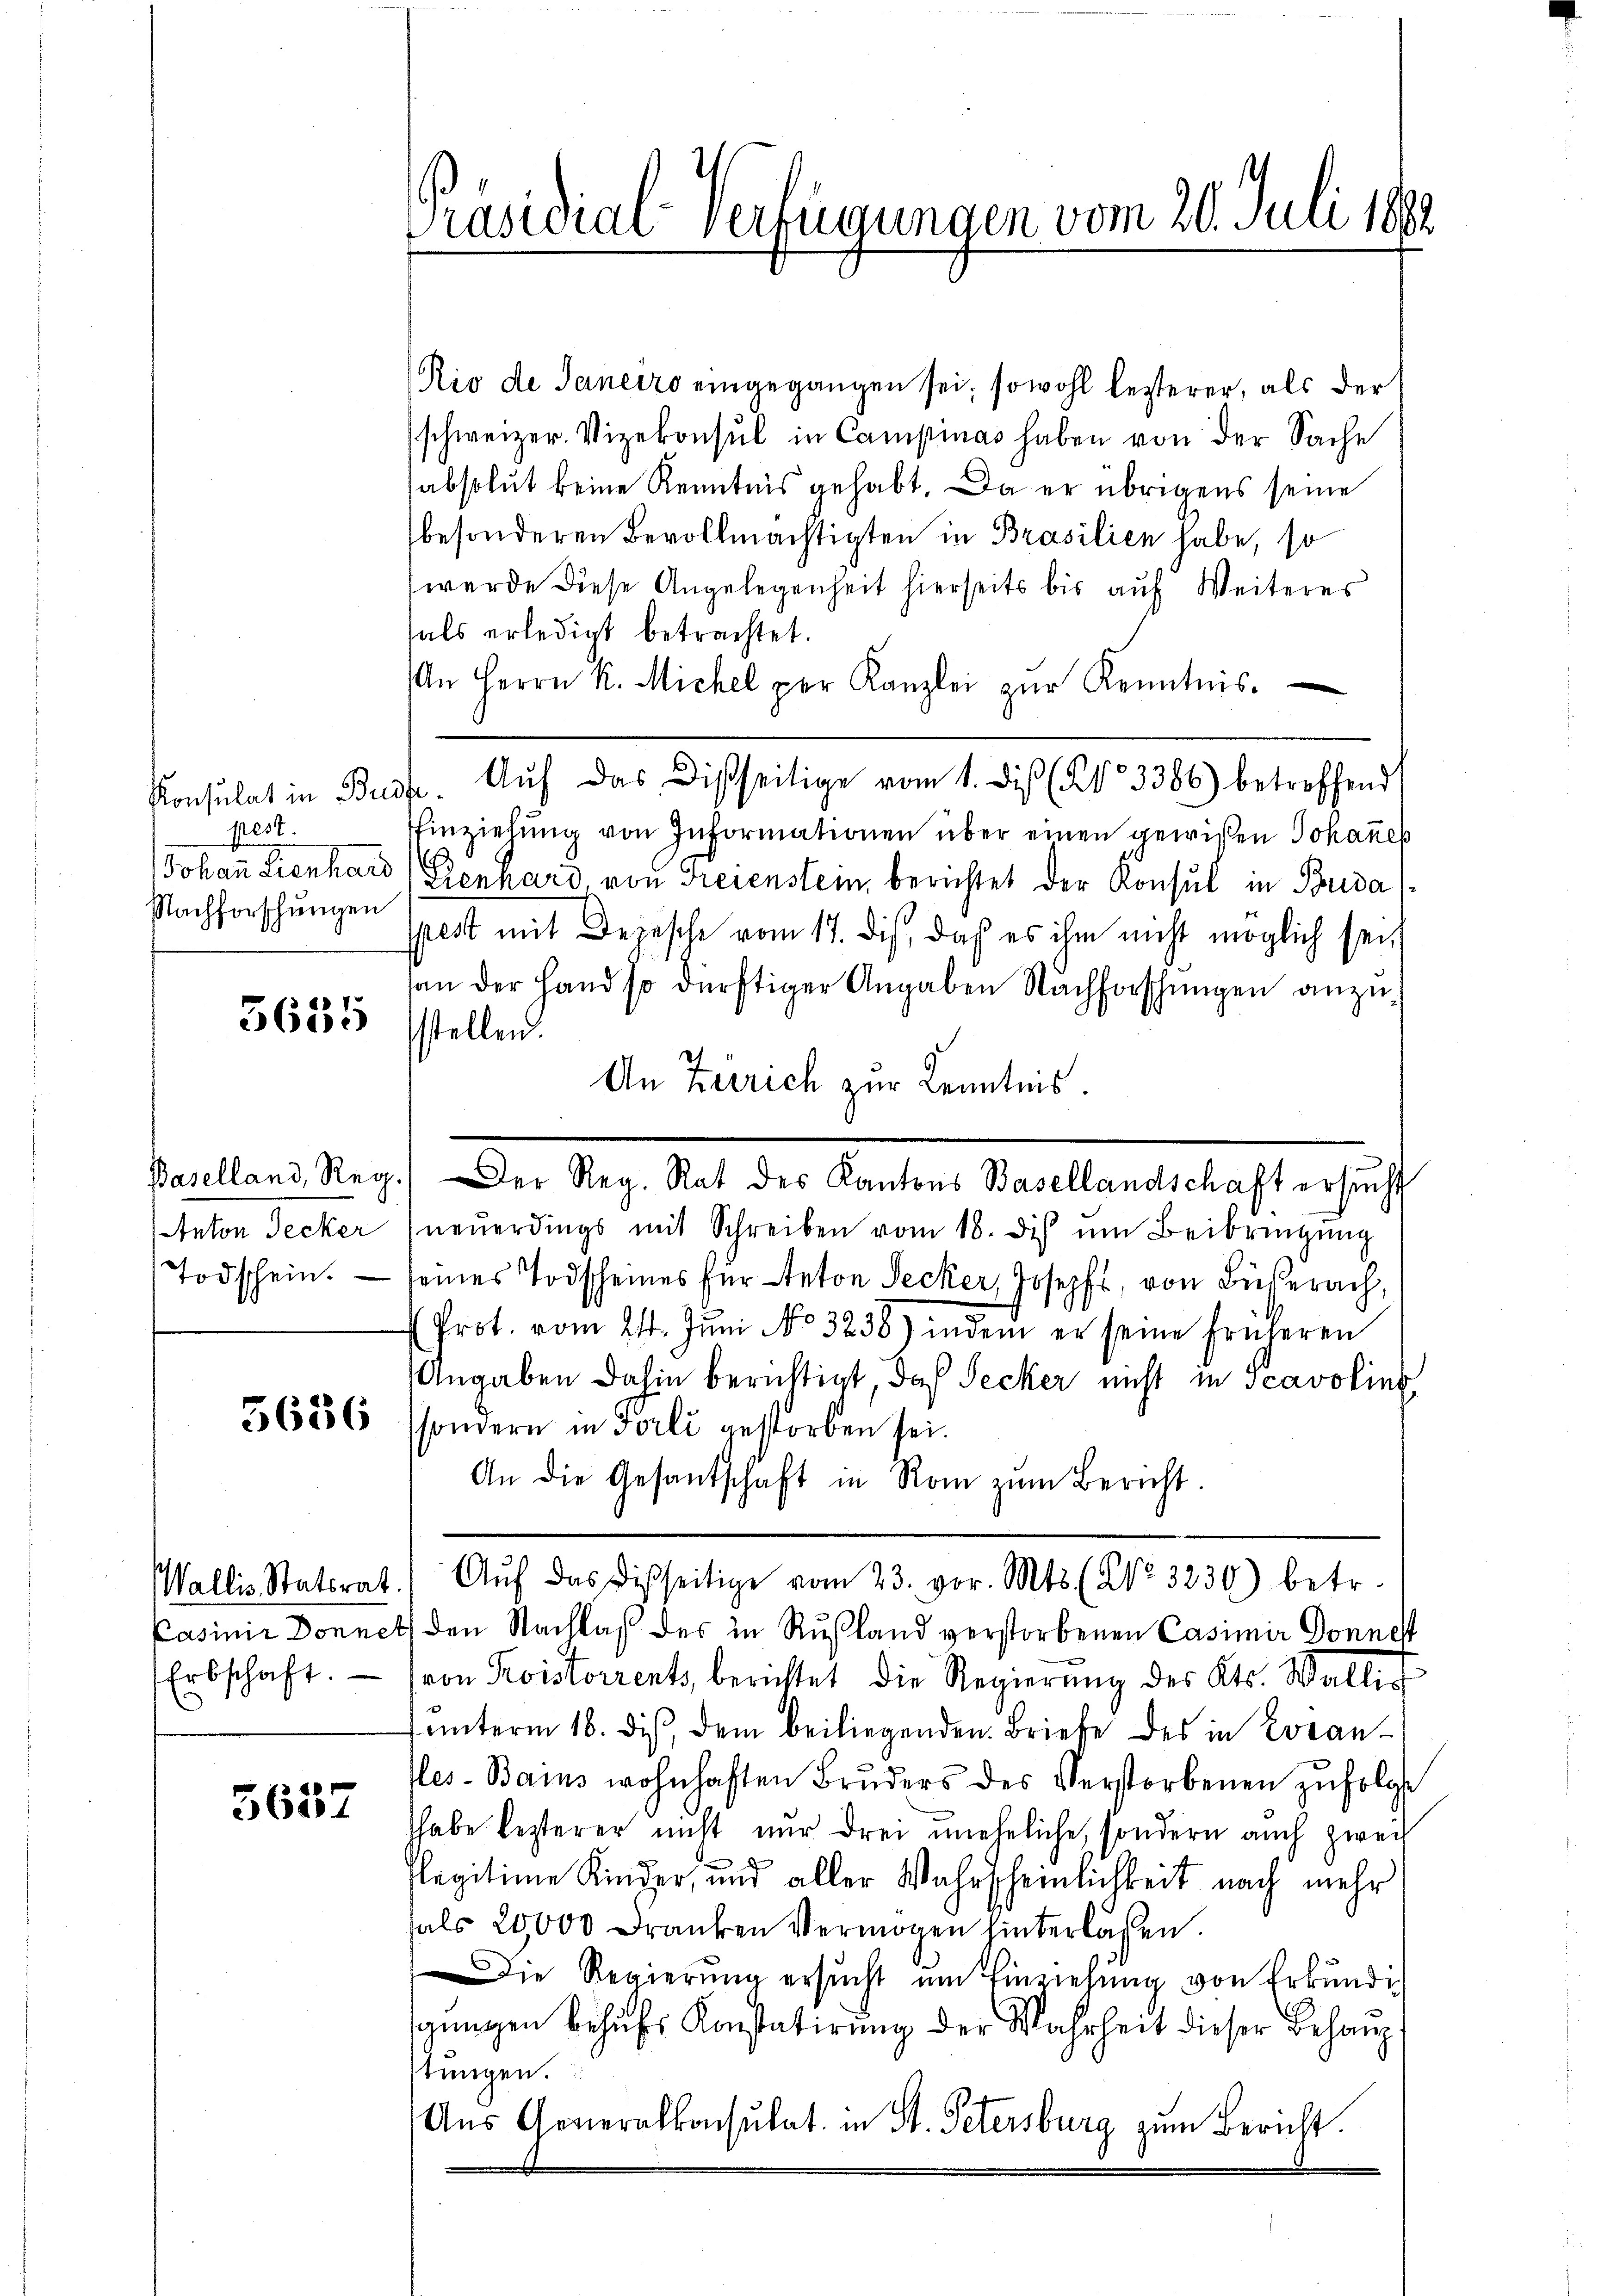
pest.
Nachforschungen

5635

Todschein.

Erbschaft.

5657

Rio de Ferneiro eingegangen sei, sowohl lezterer, als der
(schweizer. Vizekonsul in Campinas haben von der Sache
sabsolut keine Kenntnis gehabt. Da er übrigens seine
besonderen Bevollmächtigten in Brasilien habe, so
werde diese Angelegenheit hierseits bis auf Weiteres
hals erledigt betrachtet.
An Herrn K. Michel per Kanzlei zŭr Kenntnis.
Konsulat in Buch. Aŭf das Disseitige vom 1. dies (§ 3386) betreffend
Einziehŭng von Informationen über einen gewißen Johaṅes
Johann Lienhard Grenhard, von Freienstein berichtet der Konsul in Brida
pest mit Depesche vom 17. dis, daß es ihm nicht möglich sei,
an der Hand so dürftiger Angaben Nachforschungen anzusstellen.
An Zerrich zur Kenntnis.
Baselland, Reg. Der Reg. Rat des Kantons Basellandschaft ersucht
taton Secker (neŭerdings mit Schreiben vom 18. dis ŭm Beibringŭng
seines Todscheines für teton Secker, Joseph, von Buserach,
(Prot. vom 21. Jŭni No 3238) in dem er seine früheren
Angaben dahin berichtigt, daß Secker nicht in Scavolins
3636 ssondern in Forli gestorben sei.
An die Gesantschaft in Rom zŭm Bericht.
Wallis Statsrat. Aŭf das Disseitige vom 23. vor. Mts. (NNo. 3230) betr.
Casimir Donnet den Nachlaß des in Rußland verstorbenen Casimir Donnest
von Koistorrents, berichtet die Regierŭng des Kts. Wallis
ŭnterm 16. dis, dem beiliegenden Briefe des in Coran-
fles-Bains wohnhaften Brŭders des Verstorbenen zufolge
thabe lezterer nicht nur drei uneheliche, sondern auch zwei
Plegitime Kinder, und aller Wahrscheinlichkeit nach mehr
fals 20000 Franken Vermögen hinterlassen.
Die Regierung ersucht um Einziehung von Erkundig
gungen behufs Konstatirung der Wahrheit dieser Behaup
tungen.
Aus Generalkonsulat in St. Petersburg zum Bericht.

Präsidial-Verfügungen vom 20. Juli 1882